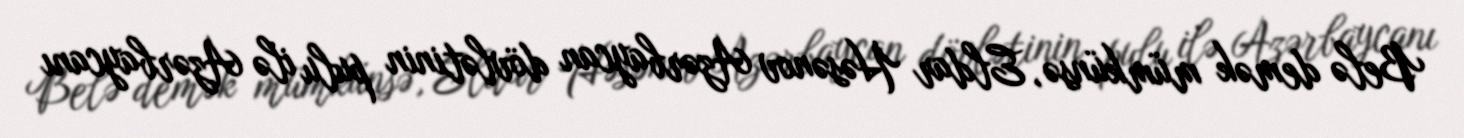
Belə demək mümkünsə, Eldar Həsənov Azərbaycan dövlətinin pulu ilə Azərbaycanı